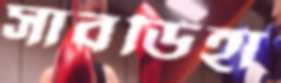
সাবডিহা